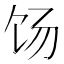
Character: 饧